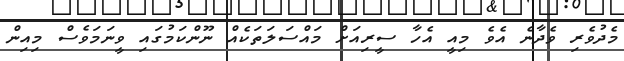
މެދުވެރި ވެދާނެ އެވެ މިއީ އެހާ ސީރިއަށް މައްސަލަތަކެއް ނޫންކަމުގައި ވީނަމަވެސް މިއިން